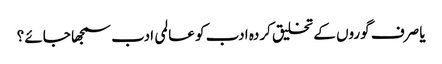
یا صرف گوروں کے تخلیق کردہ ادب کو عالمی ادب سمجھا جائے ؟